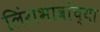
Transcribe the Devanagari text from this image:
लिंगभावांच्या